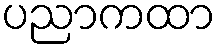
ပညာကထာ